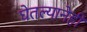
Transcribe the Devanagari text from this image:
घेतल्यानेही